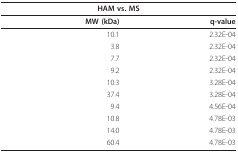
<table><thead><tr><td colspan="2"><b>HAM vs. MS</b></td></tr></thead><tbody><tr><td><b>MW (kDa)</b></td><td><b>q-value</b></td></tr><tr><td>10.1</td><td>2.32E-04</td></tr><tr><td>3.8</td><td>2.32E-04</td></tr><tr><td>7.7</td><td>2.32E-04</td></tr><tr><td>9.2</td><td>2.32E-04</td></tr><tr><td>10.3</td><td>3.28E-04</td></tr><tr><td>37.4</td><td>3.28E-04</td></tr><tr><td>9.4</td><td>4.56E-04</td></tr><tr><td>10.8</td><td>4.78E-03</td></tr><tr><td>14.0</td><td>4.78E-03</td></tr><tr><td>60.4</td><td>4.78E-03</td></tr></tbody></table>